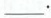
___ .